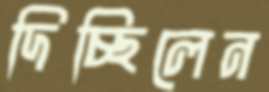
দিচ্ছিলেন